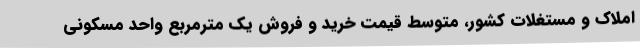
املاک و مستغلات کشور، متوسط قیمت خرید و فروش یک مترمربع واحد مسکونی